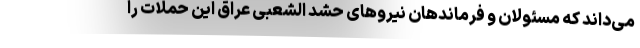
می‌داند که مسئولان و فرماندهان نیروهای حشد الشعبی عراق این حملات را